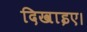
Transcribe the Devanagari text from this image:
दिखाइए।